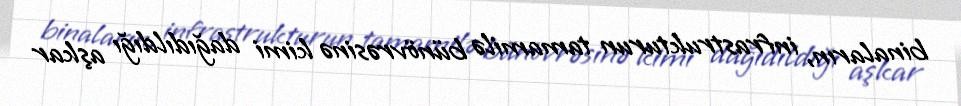
binaların, infrastrukturun tamamilə bünövrəsinə kimi dağıdıldığı aşkar